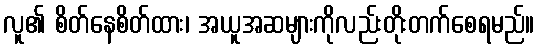
လူ၏ စိတ်နေစိတ်ထား၊ အယူအဆများကိုလည်းတိုးတက်စေရမည်။